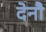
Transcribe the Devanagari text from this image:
देनौ